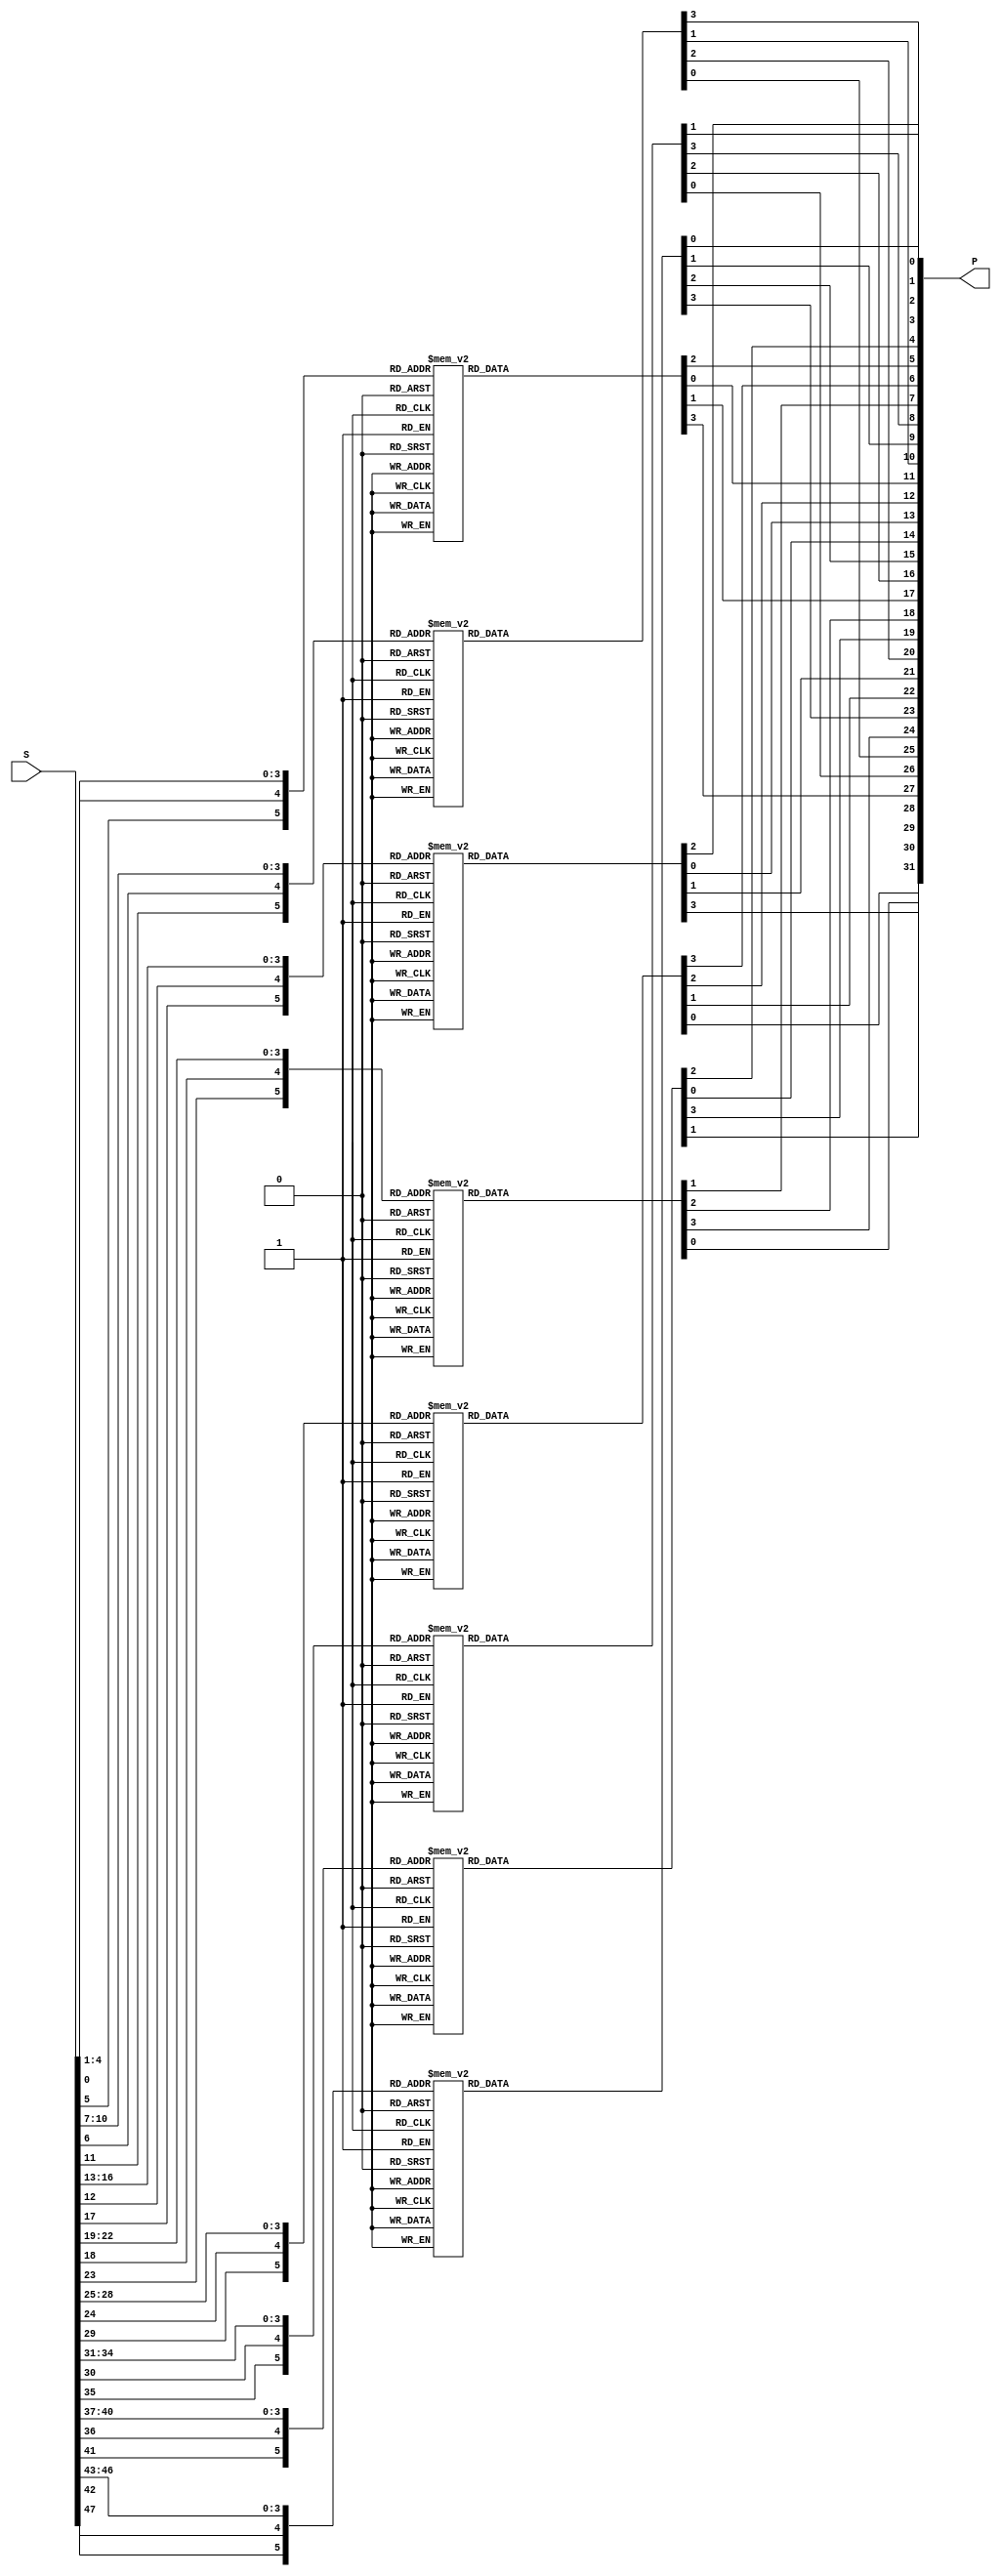
/*-------------------------------------------------------------------------
 TDEA Encryption/Decryption Macro (ASIC version)
                                   
 File name   : TDEA.v
 Version     : Version 1.0
 Created     : JUN/12/2007
 Last update : SEP/24/2007
 Desgined by : Takeshi Sugawara
 
 
 Copyright (C) 2007 AIST and Tohoku Univ.
 
 By using this code, you agree to the following terms and conditions.
 
 This code is copyrighted by AIST and Tohoku University ("us").
 
 Permission is hereby granted to copy, reproduce, redistribute or
 otherwise use this code as long as: there is no monetary profit gained
 specifically from the use or reproduction of this code, it is not sold,
 rented, traded or otherwise marketed, and this copyright notice is
 included prominently in any copy made.
 
 We shall not be liable for any damages, including without limitation
 direct, indirect, incidental, special or consequential damages arising
 from the use of this code.
 
 When you publish any results arising from the use of this code, we will
 appreciate it if you can cite as following.
 @misc{tohoku-crypto-ip,
  author={Tohoku University ECSIS laboratory},
  title={Cryptographic IP cores},
  howpublished = {https://github.com/ECSIS-lab/IP_cores}
 }
 -------------------------------------------------------------------------*/


/////////////////////////////
//   S-Box & Permutation   //
/////////////////////////////
module SP(S, P);
  input  [1:48] S;
  output [1:32] P;

  reg [1:4] x1, x2, x3, x4, x5, x6, x7, x8;

  assign P = {x4[4], x2[3], x5[4], x6[1], x8[1], x3[4], x7[4], x5[1],
              x1[1], x4[3], x6[3], x7[2], x2[1], x5[2], x8[3], x3[2],
              x1[2], x2[4], x6[4], x4[2], x8[4], x7[3], x1[3], x3[1],
              x5[3], x4[1], x8[2], x2[2], x6[2], x3[3], x1[4], x7[1]};

  always @(S[1:6]) begin
    case ({S[1], S[6], S[ 2: 5]})
      0: x1 = 14;   1: x1 =  4;   2: x1 = 13;   3: x1 =  1;
      4: x1 =  2;   5: x1 = 15;   6: x1 = 11;   7: x1 =  8;
      8: x1 =  3;   9: x1 = 10;  10: x1 =  6;  11: x1 = 12;
     12: x1 =  5;  13: x1 =  9;  14: x1 =  0;  15: x1 =  7;
     16: x1 =  0;  17: x1 = 15;  18: x1 =  7;  19: x1 =  4;
     20: x1 = 14;  21: x1 =  2;  22: x1 = 13;  23: x1 =  1;
     24: x1 = 10;  25: x1 =  6;  26: x1 = 12;  27: x1 = 11;
     28: x1 =  9;  29: x1 =  5;  30: x1 =  3;  31: x1 =  8;
     32: x1 =  4;  33: x1 =  1;  34: x1 = 14;  35: x1 =  8;
     36: x1 = 13;  37: x1 =  6;  38: x1 =  2;  39: x1 = 11;
     40: x1 = 15;  41: x1 = 12;  42: x1 =  9;  43: x1 =  7;
     44: x1 =  3;  45: x1 = 10;  46: x1 =  5;  47: x1 =  0;
     48: x1 = 15;  49: x1 = 12;  50: x1 =  8;  51: x1 =  2;
     52: x1 =  4;  53: x1 =  9;  54: x1 =  1;  55: x1 =  7;
     56: x1 =  5;  57: x1 = 11;  58: x1 =  3;  59: x1 = 14;
     60: x1 = 10;  61: x1 =  0;  62: x1 =  6;  63: x1 = 13;
    endcase
  end

  always @(S[7:12]) begin
    case ({S[7], S[12], S[ 8:11]})
       0: x2 = 15;   1: x2 =  1;   2: x2 =  8;   3: x2 = 14;
       4: x2 =  6;   5: x2 = 11;   6: x2 =  3;   7: x2 =  4;
       8: x2 =  9;   9: x2 =  7;  10: x2 =  2;  11: x2 = 13;
      12: x2 = 12;  13: x2 =  0;  14: x2 =  5;  15: x2 = 10;
      16: x2 =  3;  17: x2 = 13;  18: x2 =  4;  19: x2 =  7;
      20: x2 = 15;  21: x2 =  2;  22: x2 =  8;  23: x2 = 14;
      24: x2 = 12;  25: x2 =  0;  26: x2 =  1;  27: x2 = 10;
      28: x2 =  6;  29: x2 =  9;  30: x2 = 11;  31: x2 =  5;
      32: x2 =  0;  33: x2 = 14;  34: x2 =  7;  35: x2 = 11;
      36: x2 = 10;  37: x2 =  4;  38: x2 = 13;  39: x2 =  1;
      40: x2 =  5;  41: x2 =  8;  42: x2 = 12;  43: x2 =  6;
      44: x2 =  9;  45: x2 =  3;  46: x2 =  2;  47: x2 = 15;
      48: x2 = 13;  49: x2 =  8;  50: x2 = 10;  51: x2 =  1;
      52: x2 =  3;  53: x2 = 15;  54: x2 =  4;  55: x2 =  2;
      56: x2 = 11;  57: x2 =  6;  58: x2 =  7;  59: x2 = 12;
      60: x2 =  0;  61: x2 =  5;  62: x2 = 14;  63: x2 =  9;
    endcase
  end

  always @(S[13:18]) begin
    case ({S[13], S[18], S[14:17]})
       0: x3 = 10;   1: x3 =  0;   2: x3 =  9;   3: x3 = 14;
       4: x3 =  6;   5: x3 =  3;   6: x3 = 15;   7: x3 =  5;
       8: x3 =  1;   9: x3 = 13;  10: x3 = 12;  11: x3 =  7;
      12: x3 = 11;  13: x3 =  4;  14: x3 =  2;  15: x3 =  8;
      16: x3 = 13;  17: x3 =  7;  18: x3 =  0;  19: x3 =  9;
      20: x3 =  3;  21: x3 =  4;  22: x3 =  6;  23: x3 = 10;
      24: x3 =  2;  25: x3 =  8;  26: x3 =  5;  27: x3 = 14;
      28: x3 = 12;  29: x3 = 11;  30: x3 = 15;  31: x3 =  1;
      32: x3 = 13;  33: x3 =  6;  34: x3 =  4;  35: x3 =  9;
      36: x3 =  8;  37: x3 = 15;  38: x3 =  3;  39: x3 =  0;
      40: x3 = 11;  41: x3 =  1;  42: x3 =  2;  43: x3 = 12;
      44: x3 =  5;  45: x3 = 10;  46: x3 = 14;  47: x3 =  7;
      48: x3 =  1;  49: x3 = 10;  50: x3 = 13;  51: x3 =  0;
      52: x3 =  6;  53: x3 =  9;  54: x3 =  8;  55: x3 =  7;
      56: x3 =  4;  57: x3 = 15;  58: x3 = 14;  59: x3 =  3;
      60: x3 = 11;  61: x3 =  5;  62: x3 =  2;  63: x3 = 12;
    endcase
  end

  always @(S[19:24]) begin
    case ({S[19], S[24], S[20:23]})
       0: x4 =  7;   1: x4 = 13;   2: x4 = 14;   3: x4 =  3;
       4: x4 =  0;   5: x4 =  6;   6: x4 =  9;   7: x4 = 10;
       8: x4 =  1;   9: x4 =  2;  10: x4 =  8;  11: x4 =  5;
      12: x4 = 11;  13: x4 = 12;  14: x4 =  4;  15: x4 = 15;
      16: x4 = 13;  17: x4 =  8;  18: x4 = 11;  19: x4 =  5;
      20: x4 =  6;  21: x4 = 15;  22: x4 =  0;  23: x4 =  3;
      24: x4 =  4;  25: x4 =  7;  26: x4 =  2;  27: x4 = 12;
      28: x4 =  1;  29: x4 = 10;  30: x4 = 14;  31: x4 =  9;
      32: x4 = 10;  33: x4 =  6;  34: x4 =  9;  35: x4 =  0;
      36: x4 = 12;  37: x4 = 11;  38: x4 =  7;  39: x4 = 13;
      40: x4 = 15;  41: x4 =  1;  42: x4 =  3;  43: x4 = 14;
      44: x4 =  5;  45: x4 =  2;  46: x4 =  8;  47: x4 =  4;
      48: x4 =  3;  49: x4 = 15;  50: x4 =  0;  51: x4 =  6;
      52: x4 = 10;  53: x4 =  1;  54: x4 = 13;  55: x4 =  8;
      56: x4 =  9;  57: x4 =  4;  58: x4 =  5;  59: x4 = 11;
      60: x4 = 12;  61: x4 =  7;  62: x4 =  2;  63: x4 = 14;
    endcase
  end

  always @(S[25:30]) begin
    case ({S[25], S[30], S[26:29]})
       0: x5 =  2;   1: x5 = 12;   2: x5 =  4;   3: x5 =  1;
       4: x5 =  7;   5: x5 = 10;   6: x5 = 11;   7: x5 =  6;
       8: x5 =  8;   9: x5 =  5;  10: x5 =  3;  11: x5 = 15;
      12: x5 = 13;  13: x5 =  0;  14: x5 = 14;  15: x5 =  9;
      16: x5 = 14;  17: x5 = 11;  18: x5 =  2;  19: x5 = 12;
      20: x5 =  4;  21: x5 =  7;  22: x5 = 13;  23: x5 =  1;
      24: x5 =  5;  25: x5 =  0;  26: x5 = 15;  27: x5 = 10;
      28: x5 =  3;  29: x5 =  9;  30: x5 =  8;  31: x5 =  6;
      32: x5 =  4;  33: x5 =  2;  34: x5 =  1;  35: x5 = 11;
      36: x5 = 10;  37: x5 = 13;  38: x5 =  7;  39: x5 =  8;
      40: x5 = 15;  41: x5 =  9;  42: x5 = 12;  43: x5 =  5;
      44: x5 =  6;  45: x5 =  3;  46: x5 =  0;  47: x5 = 14;
      48: x5 = 11;  49: x5 =  8;  50: x5 = 12;  51: x5 =  7;
      52: x5 =  1;  53: x5 = 14;  54: x5 =  2;  55: x5 = 13;
      56: x5 =  6;  57: x5 = 15;  58: x5 =  0;  59: x5 =  9;
      60: x5 = 10;  61: x5 =  4;  62: x5 =  5;  63: x5 =  3;
    endcase
  end

  always @(S[31:36]) begin
    case ({S[31], S[36], S[32:35]})
       0: x6 = 12;   1: x6 =  1;   2: x6 = 10;   3: x6 = 15;
       4: x6 =  9;   5: x6 =  2;   6: x6 =  6;   7: x6 =  8;
       8: x6 =  0;   9: x6 = 13;  10: x6 =  3;  11: x6 =  4;
      12: x6 = 14;  13: x6 =  7;  14: x6 =  5;  15: x6 = 11;
      16: x6 = 10;  17: x6 = 15;  18: x6 =  4;  19: x6 =  2;
      20: x6 =  7;  21: x6 = 12;  22: x6 =  9;  23: x6 =  5;
      24: x6 =  6;  25: x6 =  1;  26: x6 = 13;  27: x6 = 14;
      28: x6 =  0;  29: x6 = 11;  30: x6 =  3;  31: x6 =  8;
      32: x6 =  9;  33: x6 = 14;  34: x6 = 15;  35: x6 =  5;
      36: x6 =  2;  37: x6 =  8;  38: x6 = 12;  39: x6 =  3;
      40: x6 =  7;  41: x6 =  0;  42: x6 =  4;  43: x6 = 10;
      44: x6 =  1;  45: x6 = 13;  46: x6 = 11;  47: x6 =  6;
      48: x6 =  4;  49: x6 =  3;  50: x6 =  2;  51: x6 = 12;
      52: x6 =  9;  53: x6 =  5;  54: x6 = 15;  55: x6 = 10;
      56: x6 = 11;  57: x6 = 14;  58: x6 =  1;  59: x6 =  7;
      60: x6 =  6;  61: x6 =  0;  62: x6 =  8;  63: x6 = 13;
    endcase
  end

  always @(S[37:42]) begin
    case ({S[37], S[42], S[38:41]})
       0: x7 =  4;   1: x7 = 11;   2: x7 =  2;   3: x7 = 14;
       4: x7 = 15;   5: x7 =  0;   6: x7 =  8;   7: x7 = 13;
       8: x7 =  3;   9: x7 = 12;  10: x7 =  9;  11: x7 =  7;
      12: x7 =  5;  13: x7 = 10;  14: x7 =  6;  15: x7 =  1;
      16: x7 = 13;  17: x7 =  0;  18: x7 = 11;  19: x7 =  7;
      20: x7 =  4;  21: x7 =  9;  22: x7 =  1;  23: x7 = 10;
      24: x7 = 14;  25: x7 =  3;  26: x7 =  5;  27: x7 = 12;
      28: x7 =  2;  29: x7 = 15;  30: x7 =  8;  31: x7 =  6;
      32: x7 =  1;  33: x7 =  4;  34: x7 = 11;  35: x7 = 13;
      36: x7 = 12;  37: x7 =  3;  38: x7 =  7;  39: x7 = 14;
      40: x7 = 10;  41: x7 = 15;  42: x7 =  6;  43: x7 =  8;
      44: x7 =  0;  45: x7 =  5;  46: x7 =  9;  47: x7 =  2;
      48: x7 =  6;  49: x7 = 11;  50: x7 = 13;  51: x7 =  8;
      52: x7 =  1;  53: x7 =  4;  54: x7 = 10;  55: x7 =  7;
      56: x7 =  9;  57: x7 =  5;  58: x7 =  0;  59: x7 = 15;
      60: x7 = 14;  61: x7 =  2;  62: x7 =  3;  63: x7 = 12;
    endcase
  end

  always @(S[43:48]) begin
    case ({S[43], S[48], S[44:47]})
       0: x8 = 13;   1: x8 =  2;   2: x8 =  8;   3: x8 =  4;
       4: x8 =  6;   5: x8 = 15;   6: x8 = 11;   7: x8 =  1;
       8: x8 = 10;   9: x8 =  9;  10: x8 =  3;  11: x8 = 14;
      12: x8 =  5;  13: x8 =  0;  14: x8 = 12;  15: x8 =  7;
      16: x8 =  1;  17: x8 = 15;  18: x8 = 13;  19: x8 =  8;
      20: x8 = 10;  21: x8 =  3;  22: x8 =  7;  23: x8 =  4;
      24: x8 = 12;  25: x8 =  5;  26: x8 =  6;  27: x8 = 11;
      28: x8 =  0;  29: x8 = 14;  30: x8 =  9;  31: x8 =  2;
      32: x8 =  7;  33: x8 = 11;  34: x8 =  4;  35: x8 =  1;
      36: x8 =  9;  37: x8 = 12;  38: x8 = 14;  39: x8 =  2;
      40: x8 =  0;  41: x8 =  6;  42: x8 = 10;  43: x8 = 13;
      44: x8 = 15;  45: x8 =  3;  46: x8 =  5;  47: x8 =  8;
      48: x8 =  2;  49: x8 =  1;  50: x8 = 14;  51: x8 =  7;
      52: x8 =  4;  53: x8 = 10;  54: x8 =  8;  55: x8 = 13;
      56: x8 = 15;  57: x8 = 12;  58: x8 =  9;  59: x8 =  0;
      60: x8 =  3;  61: x8 =  5;  62: x8 =  6;  63: x8 = 11;
    endcase
  end
endmodule
  
module TDEA(Kin, Din, Dout, Krdy, Drdy, EncDec, RSTn, EN, CLK, BSY, Kvld, Dvld);
  input  [1:64] Din;  // Data input
  input  [1:64] Kin; // Key input
  
  output [1:64] Dout; // Data output
  input  Drdy;        // Data input ready
  input  Krdy;        // Key input ready
  input  EncDec;      // 0 for encryption, 1 for decryption
  input  RSTn;        // Reset (Low active)
  input  EN;          // DES circuit enable
  input  CLK;         // System clock
  output BSY;         // Busy signal
  output Dvld;        // Data output valid
  output Kvld;        // Key valid

  // State assign
  parameter ST_IDLE    = 3'b000;
  parameter ST_KEYGET1 = 3'b001;
  parameter ST_KEYGET2 = 3'b010;
  parameter ST_DES1    = 3'b100;
  parameter ST_DES2    = 3'b110;
  parameter ST_DES3    = 3'b111;

  // Encryption or Decryption
  parameter Enc = 1'b0;
  parameter Dec = 1'b1;

  reg [1:3]  state_reg;
  reg [1:16] Rrg;

  reg [1:64] Drg;                 // Data register
  reg [1:56] Krg1, Krg2, Krg3;    // Key Registers
  reg Dvld_reg, Kvld_reg;

  wire [1:64] Dnext;
  wire [1:56] PC2_in, PC2_in_enc, PC2_in_dec;
  wire [1:32] Pout;
  wire [1:48] EP_out, PC2_out;

  wire [1:56] Knext_out1, Knext_out2, Knext_out3;
  wire [1:56] Krg_select, Knext_out_select;
  wire [1:48] Sin;

  assign BSY = (state_reg  == ST_IDLE) ? 1'b0 : 1'b1;
  assign Dvld = Dvld_reg;
  assign Kvld = Kvld_reg;
	     
  assign Knext_out1 = Knext(Krg1, EncDec, Rrg);
  assign Knext_out2 = Knext(Krg2, ~EncDec, Rrg);
  assign Knext_out3 = Knext(Krg3, EncDec, Rrg);  
  
  assign Krg_select = ( state_reg == ST_DES1 ) ? Krg1 :
		      ( state_reg == ST_DES2 ) ? Krg2 :
		      Krg3;

  assign Knext_out_select = ( state_reg == ST_DES1 ) ? Knext_out1 :
			    ( state_reg == ST_DES2 ) ? Knext_out2 :
			    Knext_out3;

  assign PC2_in_enc = (state_reg == ST_DES2) ? Krg_select : Knext_out_select;
  assign PC2_in_dec = (state_reg == ST_DES2) ? Knext_out_select : Krg_select;  
  assign PC2_in = ( EncDec == Enc ) ? PC2_in_enc : PC2_in_dec;

  assign      EP_out = EP(Drg);
  assign      PC2_out = PC2(PC2_in);
  assign      Sin = EP_out ^ PC2_out;
  
  SP SP ( Sin, Pout);
  assign Dnext = { Drg[33:64], Drg[1:32] ^ Pout };  

  assign Dout = FP(Drg);
  
  // Sequence for state_reg and Rrg
  always @(posedge CLK) begin
    if ( RSTn == 0 ) begin
      state_reg <= ST_IDLE;
      Rrg    <= 16'b1000000000000000;
    end
    else if( EN == 1 ) begin
      case( state_reg )
	ST_IDLE:
	  if( Krdy == 1 )      state_reg <= ST_KEYGET1;
	  else if( Drdy == 1 ) state_reg <= ST_DES1;

	ST_KEYGET1: if( Krdy == 1 ) state_reg <= ST_KEYGET2;
	ST_KEYGET2: if( Krdy == 1 ) state_reg <= ST_IDLE;
	
	ST_DES1: begin
	  if( Rrg[16] == 1 ) state_reg <= ST_DES2;
          Rrg <= {Rrg[16], Rrg[1:15]};	  
	end

	ST_DES2: begin
	  if( Rrg[16] == 1 ) state_reg <= ST_DES3;
          Rrg <= {Rrg[16], Rrg[1:15]};	
	end
	
	ST_DES3: begin
	  if( Rrg[16] == 1 ) state_reg <= ST_IDLE;
	  Rrg <= {Rrg[16], Rrg[1:15]};
	end
      endcase // case( state_reg )      
    end
  end

  // Sequence for Krg
  always @(posedge CLK) begin
    if ( RSTn == 0 ) begin
      Krg1 <= 56'h00_0000_0000_0000;
      Krg2 <= 56'h00_0000_0000_0000;
      Krg3 <= 56'h00_0000_0000_0000;
    end
    else if( EN == 1 ) begin
      case( state_reg )
	ST_IDLE:
	  if( Krdy == 1 )
	    if(EncDec == Enc) Krg1 <= PC1(Kin);
	    else          Krg3 <= PC1(Kin);

	ST_KEYGET1: if( Krdy == 1 ) Krg2 <= PC1(Kin);

	ST_KEYGET2:
	  if( Krdy == 1 )
	    if(EncDec == Enc) Krg3 <= PC1(Kin);
	    else          Krg1 <= PC1(Kin);

	ST_DES1: Krg1 <= Knext_out1;
	ST_DES2: Krg2 <= Knext_out2;
	ST_DES3: Krg3 <= Knext_out3;
      endcase // case(state)
    end
  end

  // Sequence for Drg
  always @(posedge CLK) begin
    if ( RSTn == 0 ) begin
      Drg <= 64'h0000_0000_0000_0000;
    end
    else if( EN == 1 ) begin
      case( state_reg )
	ST_IDLE:
	  if( Drdy == 1 )  Drg <= IP(Din);
	ST_DES1, ST_DES2, ST_DES3: 
	  if( Rrg[16] != 1 ) Drg <= Dnext;
	  else               Drg <= { Dnext[33:64], Dnext[1:32] }; // no cross for final round
      endcase // case(state)
    end
  end

  // Sequence for Dvld_reg
  always @(posedge CLK) begin
    if ( RSTn == 0 )
      Dvld_reg <= 1'b0;
    else if(EN == 1)
      if ( (state_reg == ST_DES3) && (Rrg[16] == 1'b1) )
	Dvld_reg <= 1'b1;
      else
	Dvld_reg <= 1'b0;
  end

// Sequence for Kvld_reg
  always @(posedge CLK) begin
    if ( RSTn == 0 )
      Kvld_reg <= 1'b0;
    else if(EN == 1)
      if( (state_reg == ST_KEYGET2) && (Krdy == 1'b1) )
	Kvld_reg <= 1'b1;
      else
	Kvld_reg <= 1'b0;
//       if( (state_reg == ST_IDLE) && (Krdy == 1'b1) )
// 	Kvld_reg <= 1'b0;
//       else if( (state_reg == ST_KEYGET2) && (Krdy == 1'b1) )
// 	Kvld_reg <= 1'b1;
  end

  // Initial Permutation
  function [1:64] IP;
    input [1:64] A;
    IP = { A[58], A[50], A[42], A[34], A[26], A[18], A[10], A[2],
           A[60], A[52], A[44], A[36], A[28], A[20], A[12], A[4],
           A[62], A[54], A[46], A[38], A[30], A[22], A[14], A[6],
           A[64], A[56], A[48], A[40], A[32], A[24], A[16], A[8],
           A[57], A[49], A[41], A[33], A[25], A[17], A[ 9], A[1],
           A[59], A[51], A[43], A[35], A[27], A[19], A[11], A[3],
           A[61], A[53], A[45], A[37], A[29], A[21], A[13], A[5],
           A[63], A[55], A[47], A[39], A[31], A[23], A[15], A[7] };
  endfunction // IP

  function [1:48] EP;
    input [1:32] A;
    EP = { A[32], A[1:5], A[4:9], A[8:13], A[12:17],
           A[16:21], A[20:25], A[24:29], A[28:32], A[1] };
  endfunction // EP  
  
  // Permuted Choice-1 for key-scheduling
  function [1:56] PC1;
    input [1:64] A;
    
    PC1 = { A[57], A[49], A[41], A[33], A[25], A[17], A[ 9],
            A[ 1], A[58], A[50], A[42], A[34], A[26], A[18],
            A[10], A[ 2], A[59], A[51], A[43], A[35], A[27],
            A[19], A[11], A[ 3], A[60], A[52], A[44], A[36],
            A[63], A[55], A[47], A[39], A[31], A[23], A[15],
            A[ 7], A[62], A[54], A[46], A[38], A[30], A[22],
            A[14], A[ 6], A[61], A[53], A[45], A[37], A[29],
            A[21], A[13], A[ 5], A[28], A[20], A[12], A[ 4] };
  endfunction // PC1

  // Permuted Choice-2 for key-scheduling
  function [1:48] PC2;
    input [1:56] A;  
    PC2 = { A[14], A[17], A[11], A[24], A[ 1], A[ 5],
            A[ 3], A[28], A[15], A[ 6], A[21], A[10],
            A[23], A[19], A[12], A[ 4], A[26], A[ 8],
            A[16], A[ 7], A[27], A[20], A[13], A[ 2],
            A[41], A[52], A[31], A[37], A[47], A[55],
            A[30], A[40], A[51], A[45], A[33], A[48],
            A[44], A[49], A[39], A[56], A[34], A[53],
            A[46], A[42], A[50], A[36], A[29], A[32] };
  endfunction // PC2

  // chose next key value
  function [1:56] Knext;
    input [1:56] Krg;
    input        EncDec; // 0 for encryption, 1 for decryption
    input [1:16] Rrg;

    if( EncDec == Enc ) begin // Left shift
      if( (Rrg[1] | Rrg[2] | Rrg[9] | Rrg[16]) == 1 )
	Knext = { Krg[2:28], Krg[  1], Krg[30:56], Krg[   29] };
      else
	Knext = { Krg[3:28], Krg[1:2], Krg[31:56], Krg[29:30] };
    end
    else begin // Right shift
      if( (Rrg[1] | Rrg[8] | Rrg[15] | Rrg[16]) == 1 )
	Knext = { Krg[   28], Krg[1:27], Krg[   56], Krg[29:55] };
      else
	Knext = { Krg[27:28], Krg[1:26], Krg[55:56], Krg[29:54] };
    end
  endfunction // Knext

  function [1:64] FP;
    input [1:64] A;
    
    FP = { A[40], A[ 8], A[48], A[16], A[56], A[24], A[64], A[32],
           A[39], A[ 7], A[47], A[15], A[55], A[23], A[63], A[31],
           A[38], A[ 6], A[46], A[14], A[54], A[22], A[62], A[30],
           A[37], A[ 5], A[45], A[13], A[53], A[21], A[61], A[29],
           A[36], A[ 4], A[44], A[12], A[52], A[20], A[60], A[28],
           A[35], A[ 3], A[43], A[11], A[51], A[19], A[59], A[27],
           A[34], A[ 2], A[42], A[10], A[50], A[18], A[58], A[26],
           A[33], A[ 1], A[41], A[ 9], A[49], A[17], A[57], A[25] };
  endfunction // FP
  
endmodule // TDEA